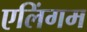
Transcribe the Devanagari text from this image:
एलिंगम